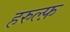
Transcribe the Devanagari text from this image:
हरुल्फ़